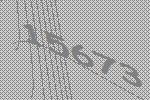
15673